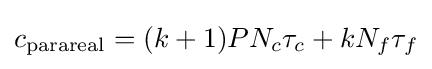
c_{\text{parareal}}=(k+1)PN_{c}\tau _{c}+kN_{f}\tau _{f}